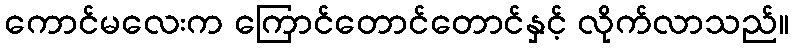
ကောင်မလေးက ကြောင်တောင်တောင်နှင့် လိုက်လာသည်။